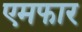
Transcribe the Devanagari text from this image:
एमफार